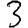
Digit: 3